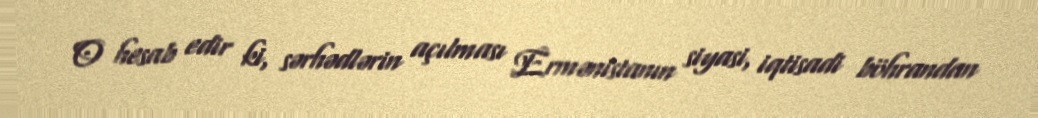
O hesab edir ki, sərhədlərin açılması Ermənistanın siyasi, iqtisadi böhrandan